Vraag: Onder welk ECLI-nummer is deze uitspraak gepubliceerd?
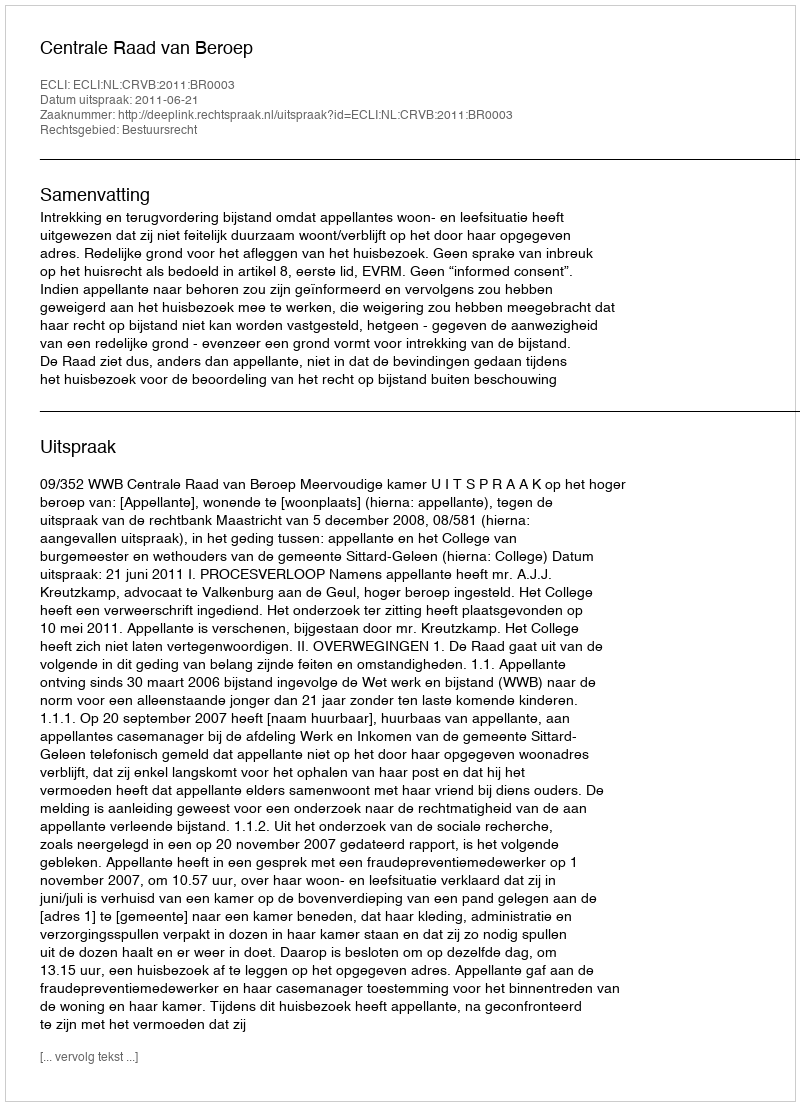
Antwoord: ECLI:NL:CRVB:2011:BR0003